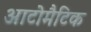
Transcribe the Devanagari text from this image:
आटोमैटिक